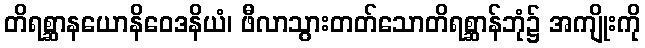
တိရစ္ဆာနယောနိဝေဒနိယံ၊ ဖီလာသွားတတ်သောတိရစ္ဆာန်ဘုံ၌ အကျိုးကို